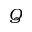
Q